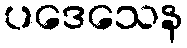
ပဒေသေန